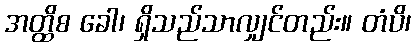
အတ္ထိစ ခေါ၊ ရှိသည်သာလျှင်တည်း။ တံပိ၊